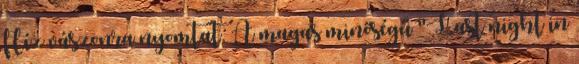
flíz vászonra nyomtat. A magas minőségű "Last night in